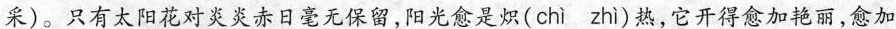
采)。只有太阳花对炎炎赤日毫无保留，阳光愈是炽( chì zhì )热，它开得愈加艳丽，愈加